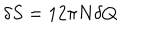
\delta S = 1 2 \pi N \delta Q